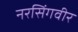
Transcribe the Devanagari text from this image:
नरसिंगवीर